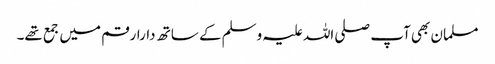
مسلمان بھی آپ صلی اللہ علیہ وسلم کے ساتھ دارارقم میں جمع تھے۔